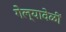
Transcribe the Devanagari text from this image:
गेल्यावेळीं